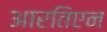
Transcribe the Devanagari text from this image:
आरतिएन